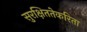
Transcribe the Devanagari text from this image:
सुरक्षिततेकरिता